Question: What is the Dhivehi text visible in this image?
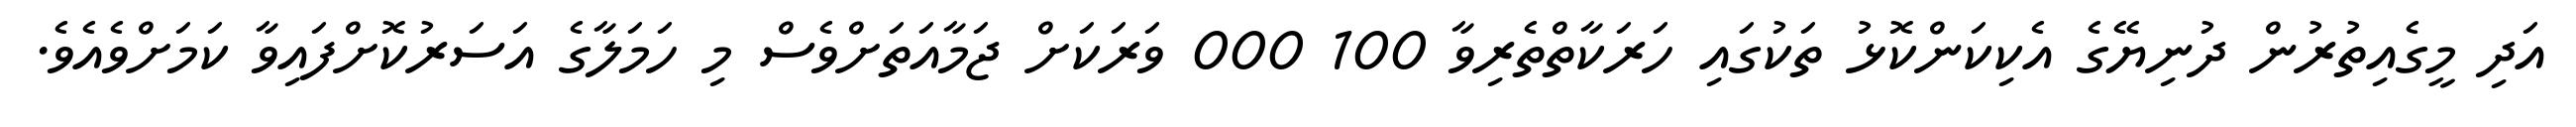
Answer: އަދި މީގެއިތުރުން ދުނިޔޭގެ އެކިކަންކޮޅު ތަކުގައި ހަރަކާތްތެރިވާ 100 000 ވަރަކަށް ޖަމާއަތަށްވެސް މި ހަމަލާގެ އަސަރުކޮށްފައިވާ ކަމަށްވެއެވެ.